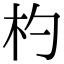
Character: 杓